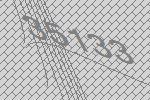
35133